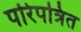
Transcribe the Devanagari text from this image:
परिपत्रित